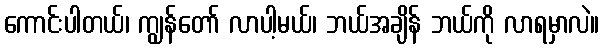
ကောင်းပါတယ်၊ ကျွန်တော် လာပါ့မယ်၊ ဘယ်အချိန် ဘယ်ကို လာရမှာလဲ။